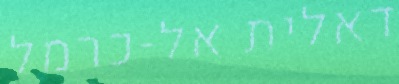
דאלית אל-כרמל